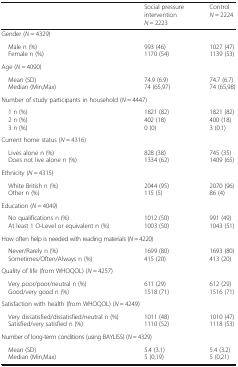
<table><thead><tr><td></td><td><b>Social pressure intervention<i>N</i> = 2223</b></td><td><b>Control<i>N</i> = 2224</b></td></tr></thead><tbody><tr><td colspan="3">Gender (<i>N</i> = 4329)</td></tr><tr><td> Male n (%) Female n (%)</td><td>993 (46)1170 (54)</td><td>1027 (47)1139 (53)</td></tr><tr><td colspan="3">Age (<i>N</i> = 4090)</td></tr><tr><td> Mean (SD) Median (Min,Max)</td><td>74.9 (6.9)74 (65,97)</td><td>74.7 (6.7)74 (65,98)</td></tr><tr><td colspan="3">Number of study participants in household (<i>N</i> = 4447)</td></tr><tr><td> 1 n (%) 2 n (%) 3 n (%)</td><td>1821 (82)402 (18)0 (0)</td><td>1821 (82)400 (18)3 (0.1)</td></tr><tr><td colspan="3">Current home status (<i>N</i> = 4316)</td></tr><tr><td> Lives alone n (%) Does not live alone n (%)</td><td>828 (38)1334 (62)</td><td>745 (35)1409 (65)</td></tr><tr><td colspan="3">Ethnicity (<i>N</i> = 4315)</td></tr><tr><td> White British n (%) Other n (%)</td><td>2044 (95)115 (5)</td><td>2070 (96)86 (4)</td></tr><tr><td colspan="3">Education (<i>N</i> = 4049)</td></tr><tr><td> No qualifications n (%) At least 1 O-Level or equivalent n (%)</td><td>1012 (50)1003 (50)</td><td>991 (49)1043 (51)</td></tr><tr><td colspan="3">How often help is needed with reading materials (<i>N</i> = 4220)</td></tr><tr><td> Never/Rarely n (%) Sometimes/Often/Always n (%)</td><td>1699 (80)415 (20)</td><td>1693 (80)413 (20)</td></tr><tr><td colspan="3">Quality of life (from WHOQOL) (<i>N</i> = 4257)</td></tr><tr><td> Very poor/poor/neutral n (%) Good/very good n (%)</td><td>611 (29)1518 (71)</td><td>612 (29)1516 (71)</td></tr><tr><td colspan="3">Satisfaction with health (from WHOQOL) (<i>N</i> = 4249)</td></tr><tr><td> Very dissatisfied/dissatisfied/neutral n (%) Satisfied/very satisfied n (%)</td><td>1011 (48)1110 (52)</td><td>1010 (47)1118 (53)</td></tr><tr><td colspan="3">Number of long-term conditions (using BAYLISS) (<i>N</i> = 4329)</td></tr><tr><td> Mean (SD) Median (Min,Max)</td><td>5.4 (3.1)5 (0,19)</td><td>5.4 (3.2)5 (0,21)</td></tr></tbody></table>